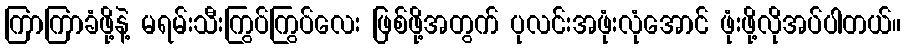
ကြာကြာခံဖို့နဲ့ မရမ်းသီးကြွပ်ကြွပ်လေး ဖြစ်ဖို့အတွက် ပုလင်းအဖုံးလုံအောင် ဖုံးဖို့လိုအပ်ပါတယ်။